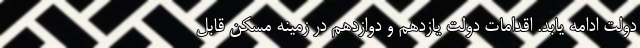
دولت ادامه یابد. اقدامات دولت یازدهم و دوازدهم در زمینه مسکن قابل